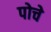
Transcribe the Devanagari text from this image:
पोचे